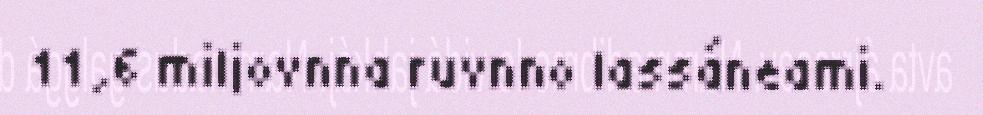
11,6 miljovnna ruvnno lassáneami.